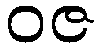
ဝဇ